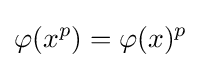
\varphi (x^{p})=\varphi (x)^{p}